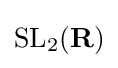
\mathrm {SL} _{2}(\mathbf {R} )